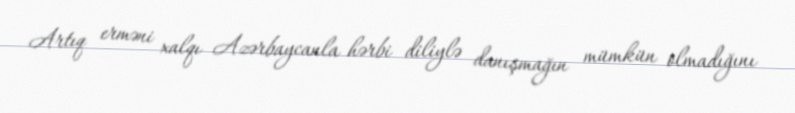
Artıq erməni xalqı Azərbaycanla hərbi diliylə danışmağın mümkün olmadığını